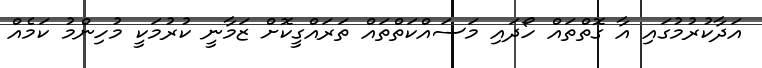
އަދާކުރުމުގައި އާ ގޮތްތައް ހޯދައި މަސައްކަތްތައް ތަރައްގީކޮށް ޒަމާނީ ކުރުމަކީ މުހިންމު ކަމެއް